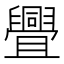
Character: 舋